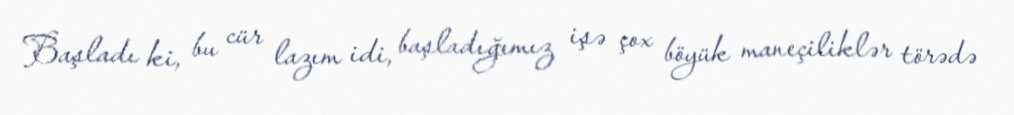
Başladı ki, bu cür lazım idi, başladığımız işə çox böyük maneçiliklər törədə